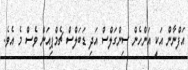
އަފްނާން އަކީ އަންހެން ސިންގަލްސް އަދި ޑަބަލްސް ޗެމްޕިއަން ވެސް މެ އެވެ.